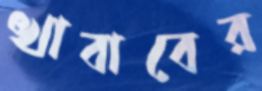
খাবাবের